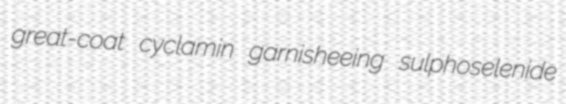
great-coat cyclamin garnisheeing sulphoselenide